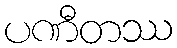
ပဏီတဿ